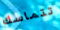
تتماسك